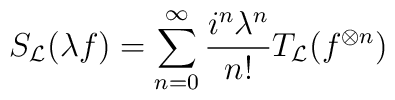
S_{\cal L}(\lambda f)=\sum_{n=0}^\infty\frac{i^n\lambda^n}{n!}T_{\cal         L}(f^{\otimes n})